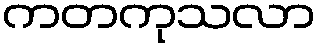
ကတကုသလာ